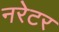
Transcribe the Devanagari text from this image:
नरेटर